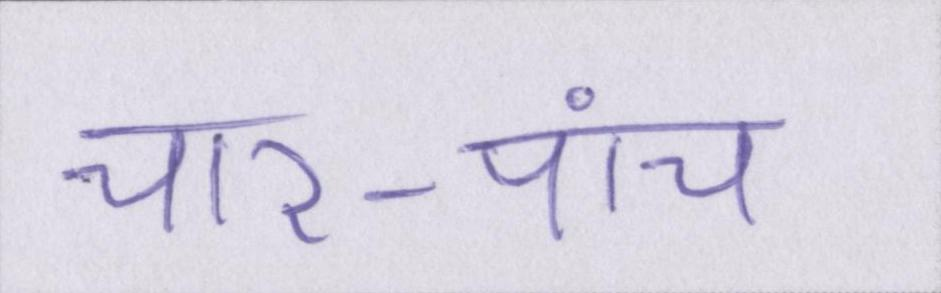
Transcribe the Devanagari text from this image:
चार-पांच